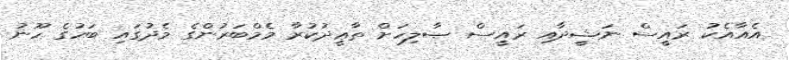
އެއާއެކު ރައީސް ނަޝީދާއި ރައީސް ޞާލިހަށް ތާޢީދުކުރާ މެމްބަރުންގެ މެދުގައި ބަހުގެ ހޫނު